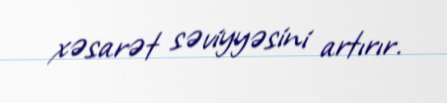
xəsarət səviyyəsini artırır.